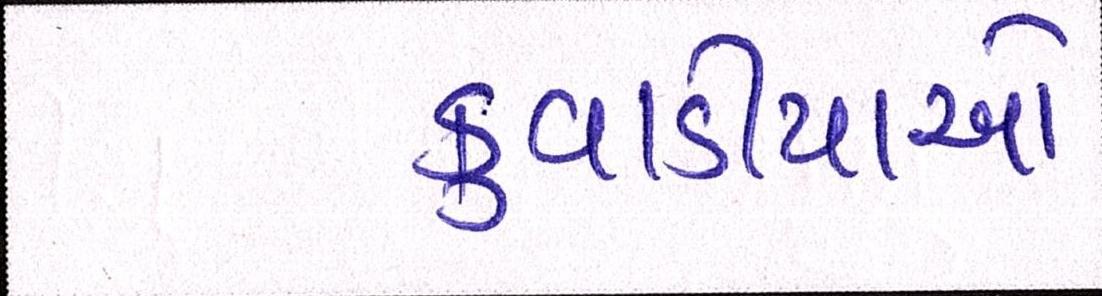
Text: કુવાડીયાઓ